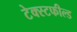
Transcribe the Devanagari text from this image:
टेक्स्टफील्ड